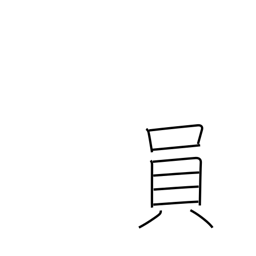
Meaning: the one in charge